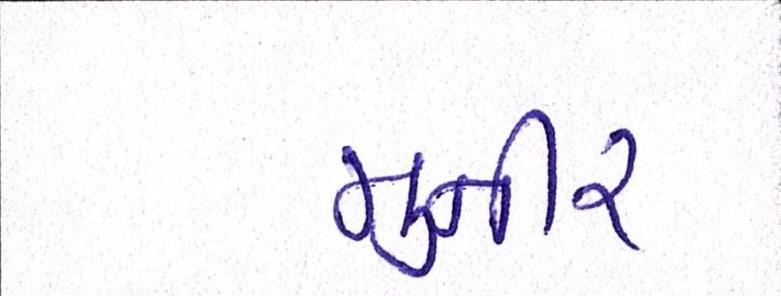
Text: મુનીર